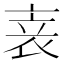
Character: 𬡏